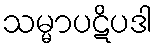
သမ္မာပဋိပဒါ